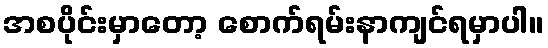
အစပိုင်းမှာတော့ စောက်ရမ်းနာကျင်ရမှာပါ။